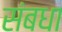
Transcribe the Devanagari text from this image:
संबधा